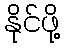
နိုင်ဖို့